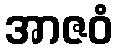
အာဇဝံ